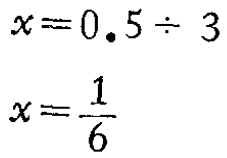
\[

\begin{align*}

x&=0.5\div 3\\

x&=\frac{1}{6}

\end{align*}

\]